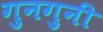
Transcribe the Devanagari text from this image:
गुनगुनी